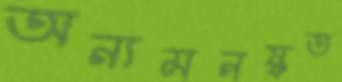
অন্যমনষ্কত